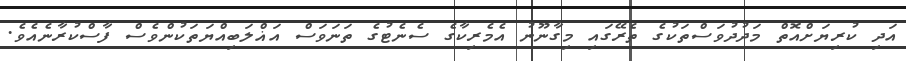
އަދި ކުރިޔަށްއޮތް މަދުދުވަސްތަކުގެ ތެރޭގައި މިގާނޫނު އެމެރިކާގެ ސެނެޓުގެ ތަނަވަސް އަޣްލަބިއްޔަތަކުންވެސް ފާސްކުރާނެއެވެ.